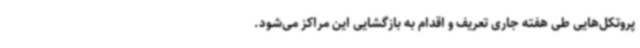
پروتکل‌هایی طی هفته جاری تعریف و اقدام به بازگشایی این مراکز می‌شود.